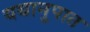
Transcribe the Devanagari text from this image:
यथानुपात